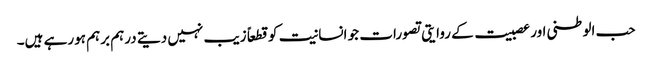
حب الوطنی اور عصبیت کے روایتی تصورات جو انسانیت کو قطعاً زیب نہیں دیتے درہم برہم ہورہے ہیں۔